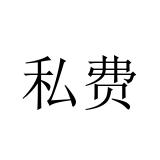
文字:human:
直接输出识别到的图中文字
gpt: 私费